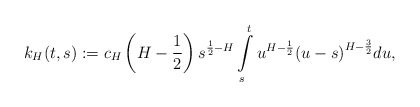
\begin{align*} k_H(t,s):=c_H\left(H-\frac{1}{2}\right) s^{\frac{1}{2}-H}\int\limits_s^t u^{H-\frac{1}{2}} {(u-s)}^{H-\frac{3}{2}}du,\end{align*}